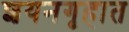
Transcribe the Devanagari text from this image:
शयनगृहात